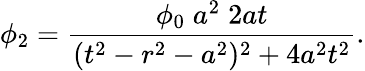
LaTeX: \phi_{2}={\frac{\phi_{0}\; a^{2}\; 2at}{(t^{2}-r^{2}-a^{2})^{2}+4a^{2}t^{2}}}.